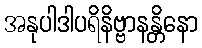
အနုပါဒါပရိနိဗ္ဗာနန္တိနော